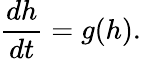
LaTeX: \frac{dh}{dt}=g(h).